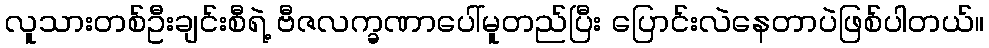
လူသားတစ်ဦးချင်းစီရဲ့ ဗီဇလက္ခဏာပေါ်မူတည်ပြီး ပြောင်းလဲနေတာပဲဖြစ်ပါတယ်။